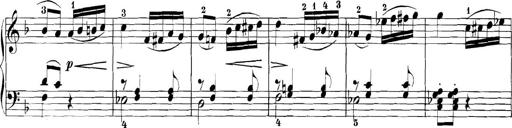
Title: 3 Sonatinas
Composer: Carl Reinecke